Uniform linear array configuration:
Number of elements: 12
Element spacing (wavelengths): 0.5
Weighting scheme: cosine
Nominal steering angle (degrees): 15
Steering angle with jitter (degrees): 13.847
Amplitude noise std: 0.05
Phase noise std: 0.05

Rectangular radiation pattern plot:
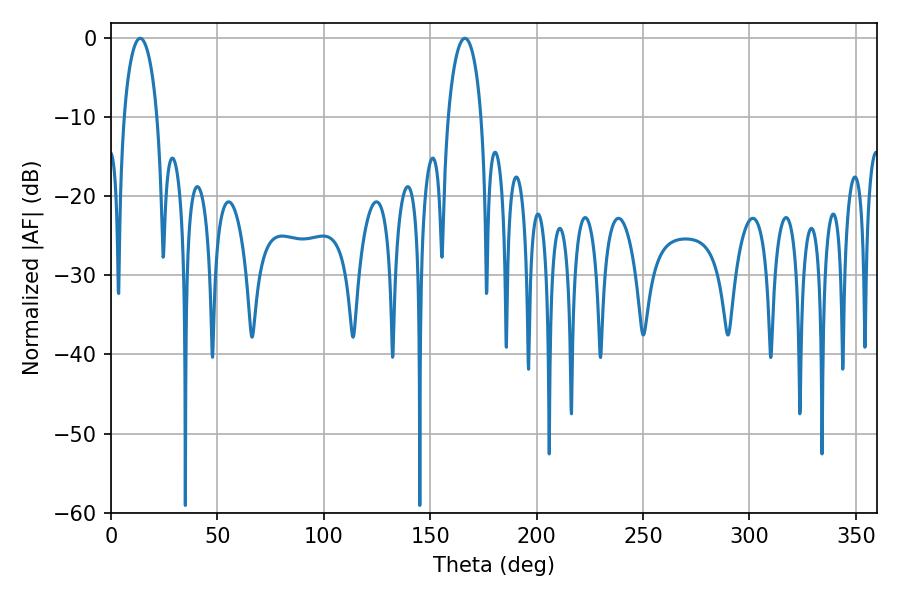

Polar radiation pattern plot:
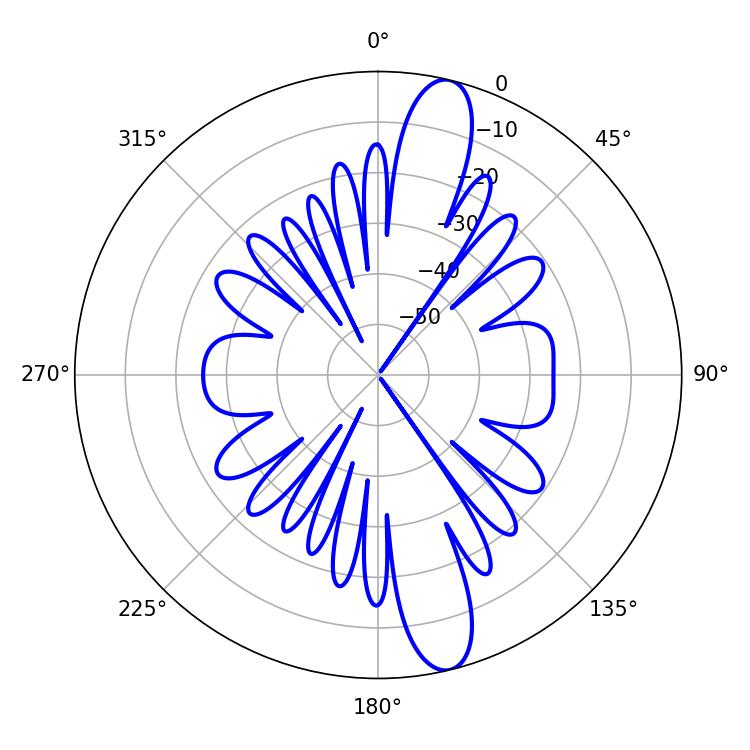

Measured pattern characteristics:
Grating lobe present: FALSE
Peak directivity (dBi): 13.913
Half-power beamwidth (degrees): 8.82
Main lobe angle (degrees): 13.68